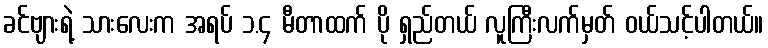
ခင်ဗျားရဲ့ သားလေးက အရပ် ၁.၄ မီတာထက် ပို ရှည်တယ် လူကြီးလက်မှတ် ဝယ်သင့်ပါတယ်။